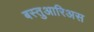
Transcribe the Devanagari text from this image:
बस्तुआरिअस